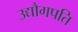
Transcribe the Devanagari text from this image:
उद्यौगपति